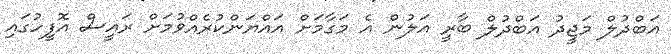
އަބްދުލް މަޖީދު އަބްދުލް ބާރީ އަލުން އެ މަގާމަށް އައްޔަންކުރެއްވުމަށް ރައީސް އޮފީހުގައި